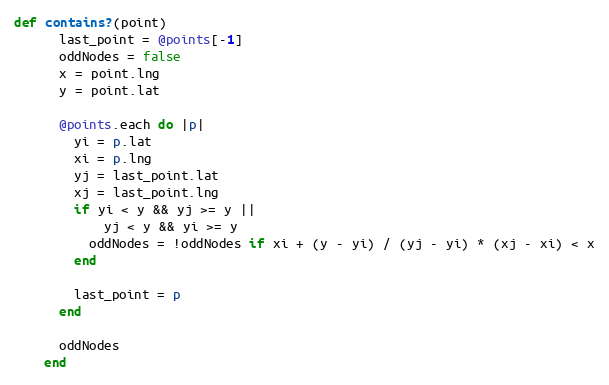
Language: Ruby
def contains?(point)
      last_point = @points[-1]
      oddNodes = false
      x = point.lng
      y = point.lat

      @points.each do |p|
        yi = p.lat
        xi = p.lng
        yj = last_point.lat
        xj = last_point.lng
        if yi < y && yj >= y ||
            yj < y && yi >= y
          oddNodes = !oddNodes if xi + (y - yi) / (yj - yi) * (xj - xi) < x
        end

        last_point = p
      end

      oddNodes
    end